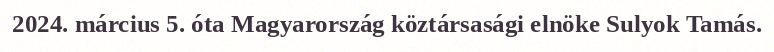
2024. március 5. óta Magyarország köztársasági elnöke Sulyok Tamás.